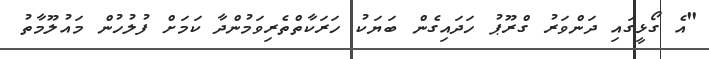
"އެ ގޯޅީގައި ދަންވަރު ގްރޫޕު ހަދައިގެން ބަޔަކު ހަރަކާތްތެރިވަމުންދާ ކަމަށް ފުލުހުން މައުލޫމާތު